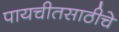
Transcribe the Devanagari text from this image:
पायचीतसाठीचे